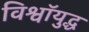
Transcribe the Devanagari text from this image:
विश्वॉयुद्ध